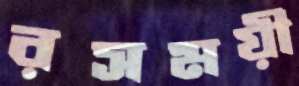
রসময়ী